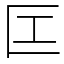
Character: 匞